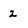
Character: 2